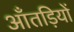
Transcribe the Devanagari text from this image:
आँतड़ियों